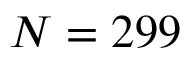
N = 2 9 9